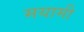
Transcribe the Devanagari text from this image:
मयामी